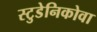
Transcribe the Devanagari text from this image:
स्टुडेनिकोवा